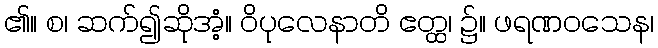
၏။ စ၊ ဆက်၍ဆိုအံ့။ ဝိပုလေနာတိ ဧတ္ထ၊ ၌။ ဖရဏဝသေန၊